Annual administration report of the Civil Veterinary Department of India - 1907-1908
Year: 1907
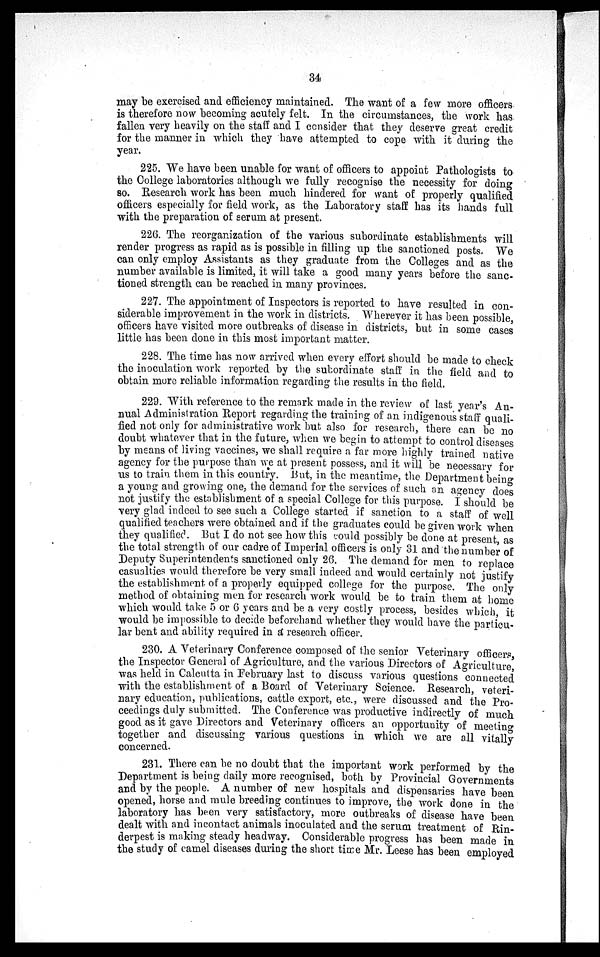
34
may be exercised and efficiency maintained. The want of a few more officers
is therefore now becoming acutely felt. In the circumstances, the work has
fallen very heavily on the staff and I consider that they deserve great credit
for the manner in which they have attempted to cope with it during the
year.
225. We have been unable for want of officers to appoint Pathologists to
the College laboratories although we fully recognise the necessity for doing
so. Research work has been much hindered for want of properly qualified
officers especially for field work, as the Laboratory staff has its hands full
with the preparation of serum at present.
226. The reorganization of the various subordinate establishments will
render progress as rapid as is possible in filling up the sanctioned posts. We
can only employ Assistants as they graduate from the Colleges and as the
number available is limited, it will take a good many years before the sanc-
tioned strength can be reached in many provinces.
227. The appointment of Inspectors is reported to have resulted in con-
siderable improvement in the work in districts. Wherever it has been possible,
officers have visited more outbreaks of disease in districts, but in some cases
little has been done in this most important matter.
228. The time has now arrived when every effort should be made to check
the inoculation work reported by the subordinate staff in the field and to
obtain more reliable information regarding the results in the field.
229. With reference to the remark made in the review of last year's An-
nual Administration Report regarding the training of an indigenous staff quali-
fied not only for administrative work but also for research, there can be no
doubt whatever that in the future, when we begin to att
by means of living vaccines, we shall require a far more highly trained native
agency for the purpose than we at present possess, and it will be necessary for
us to train them in this country. But, in the meantime, the Department being
a young and growing one, the demand for the services of such an agency does
not justify the establishment of a special College for this purpose. I should be
very glad indeed to see such a College started if sanction to a staff of well
qualified teachers were obtained and if the graduates could be given work when
they qualified. But I do not see how this could possibly be done at present, as
the total strength of our cadre of Imperial officers is only 31 and the number of
Deputy Superintendents sanctioned only 26. The demand for men to replace
casualties would therefore be very small indeed and would certainly not justify
the establishment of a properly equipped college for the purpose. The only
method of obtaining men for research work would be to train them at home
which would take 5 or 6 years and be a very costly process, besides which, it
would be impossible to decide beforehand whether they would have the particu-
lar bent and ability required in a research officer.
230. A Veterinary Conference composed of the senior "Veterinary officers,
the Inspector General of Agriculture, and the various Directors of Agriculture,
was held in Calcutta in February last to discuss various questions connected
with the establishment of a Board of Veterinary Science. Research, veteri-
nary education, publications, cattle export, etc., were discussed and the Pro-
ceedings duly submitted. The Conference was productive indirectly of much
good as it gave Directors and Veterinary officers an opportunity of meeting
together and discussing various questions in which we are all vitally
concerned.
231. There can be no doubt that the important work performed by the
Department is being daily more recognised, both by Provincial Governments
and by the people. A number of new hospitals and dispensaries have been
opened, horse and mule breeding continues to improve, the work done in the
laboratory has been very satisfactory, more outbreaks of disease have been
dealt with and incontact animals inoculated and the serum treatment of Rin-
derpest is making steady headway. Considerable progress has been made in
the study of camel diseases during the short time Mr. Leese has been employed